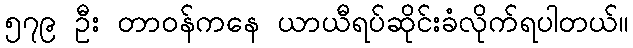
၅၇၉ ဦး တာဝန်ကနေ ယာယီရပ်ဆိုင်းခံလိုက်ရပါတယ်။